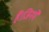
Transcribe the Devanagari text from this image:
हैं।जिनमें